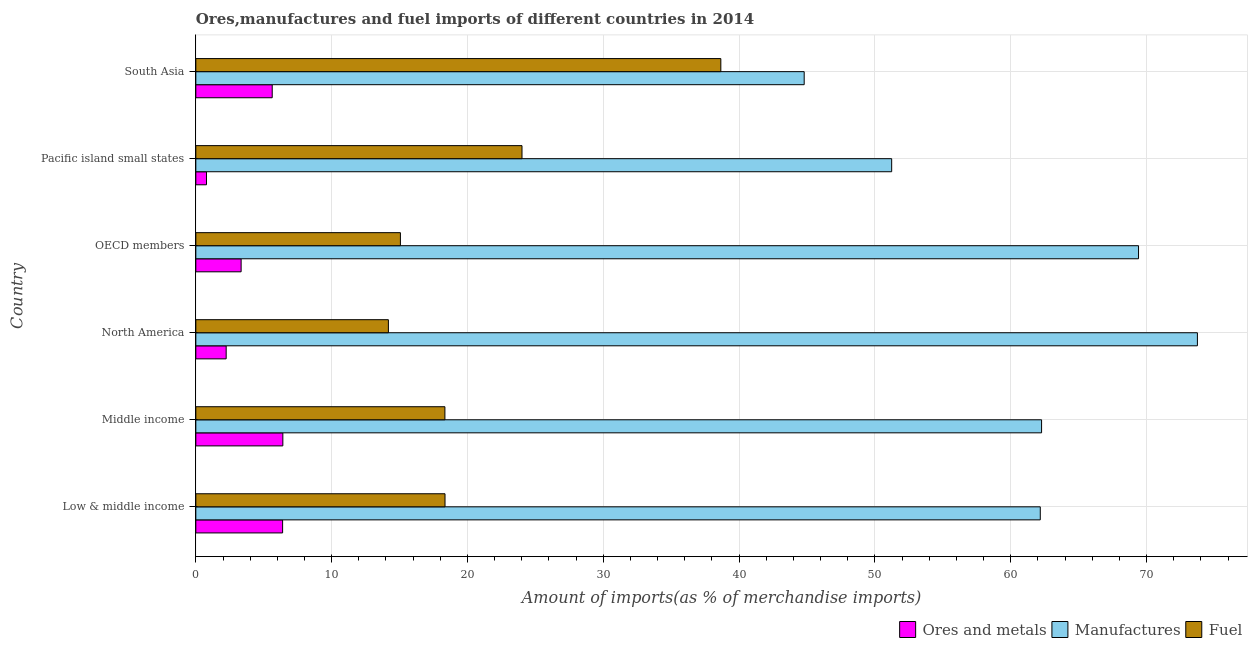
| Country | Ores and metals | Manufactures | Fuel |
 | --- | --- | --- | --- |
 | Low & middle income | 6.39 | 62.2 | 18.3 |
 | Middle income | 6.41 | 62.3 | 18.3 |
 | North America | 2.23 | 73.7 | 14.2 |
 | OECD members | 3.33 | 69.4 | 15.1 |
 | Pacific island small states | 0.786 | 51.2 | 24 |
 | South Asia | 5.62 | 44.8 | 38.7 |